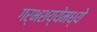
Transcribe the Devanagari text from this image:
गर्भशय्येमध्ये